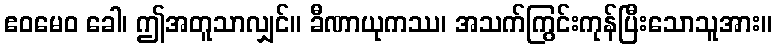
ဧဝမေဝ ခေါ၊ ဤအတူသာလျှင်။ ခီဏာယုကဿ၊ အသက်ကြွင်းကုန်ပြီးသောသူအား။